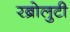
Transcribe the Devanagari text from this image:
रब्रोलुटी